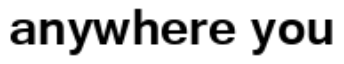
anywhere you